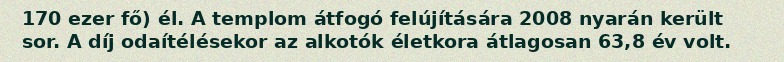
170 ezer fő) él. A templom átfogó felújítására 2008 nyarán került sor. A díj odaítélésekor az alkotók életkora átlagosan 63,8 év volt.